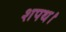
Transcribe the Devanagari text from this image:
शपथ।